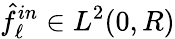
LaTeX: \hat{f}_{\ell}^{in}\in L^{2}(0,R)